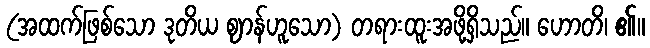
(အထက်ဖြစ်သော ဒုတိယ ဈာန်ဟူသော) တရားထူးအဖို့ရှိသည်။ ဟောတိ၊ ၏။